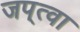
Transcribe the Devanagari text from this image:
जप्‌त्वा